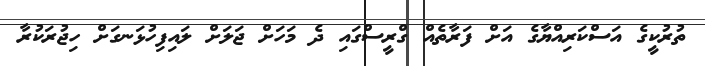
ތުރުކީގެ އަސްކަރިއްޔާގެ އަށް ފަރާތެއް ގްރީސްގައި ދެ މަހަށް ޖަލަށް ލައިފިހުޅަނގަށް ހިޖުރަކުރާ